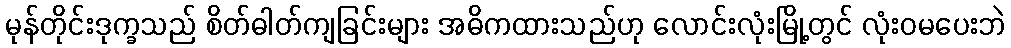
မုန်တိုင်းဒုက္ခသည် စိတ်ဓါတ်ကျခြင်းများ အဓိကထားသည်ဟု လောင်းလုံးမြို့တွင် လုံးဝမပေးဘဲ